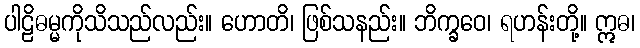
ပါဠိဓမ္မကိုသိသည်လည်း။ ဟောတိ၊ ဖြစ်သနည်း။ ဘိက္ခဝေ၊ ရဟန်းတို့။ ဣဓ၊